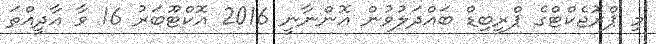
މި ޕްރޮޖެކްޓްގެ ޕްރީބިޑް ބައްދަލުވުން އޮންނާނީ 2016 އޮކްޓޫބަރު 16 ވާ އާދީއްތަ